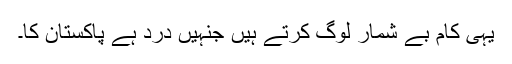
یہی کام بے شمار لوگ کرتے ہیں جنہیں درد ہے پاکستان کا۔